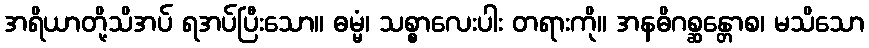
အရိယာတို့သိအပ် ရအပ်ပြီးသော။ ဓမ္မံ၊ သစ္စာလေးပါး တရားကို။ အနဓိဂစ္ဆန္တောစ၊ မသိသော